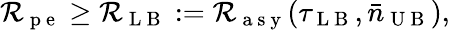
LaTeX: \mathcal{R}_{\mathrm{{~p~e~}}}\geq\mathcal{R}_{\mathrm{{~L~B~}}}:=\mathcal{R}_{\mathrm{{~a~s~y~}}}(\tau_{\mathrm{{~L~B~}}},\bar{{n}}_{\mathrm{{~U~B~}}}),